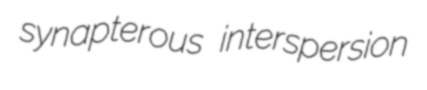
synapterous interspersion